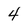
Character: 4